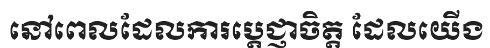
នៅពេលដែលការប្តេជ្ញាចិត្ត ដែលយើង